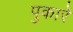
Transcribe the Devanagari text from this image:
पुकारें